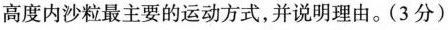
高度内沙粒最主要的运动方式，并说明理由。(3分)